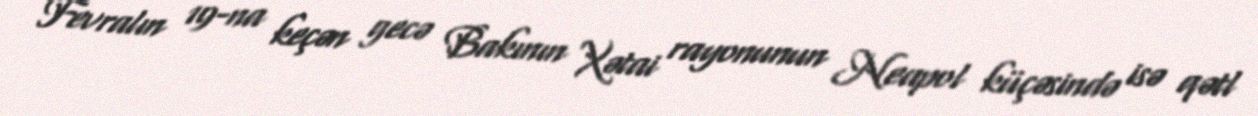
Fevralın 19-na keçən gecə Bakının Xətai rayonunun Neapol küçəsində isə qətl